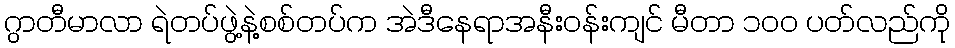
ဂွာတီမာလာ ရဲတပ်ဖွဲ့နဲ့စစ်တပ်က အဲဒီနေရာအနီးဝန်းကျင် မီတာ ၁ဝဝ ပတ်လည်ကို